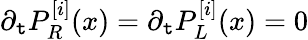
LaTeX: \partial_{\mathtt{t}}P_{R}^{[i]}(x)=\partial_{\mathtt{t}}P_{L}^{[i]}(x)=0